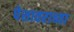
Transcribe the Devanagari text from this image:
पेशावराच्या